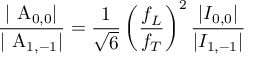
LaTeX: \frac { | \mathrm { ~ A } _ { 0 , 0 } | } { | \mathrm { ~ A } _ { 1 , - 1 } | } = \frac { 1 } { \sqrt 6 } \left( \frac { f _ { L } } { f _ { T } } \right) ^ { 2 } \frac { | I _ { 0 , 0 } | } { | I _ { 1 , - 1 } | }